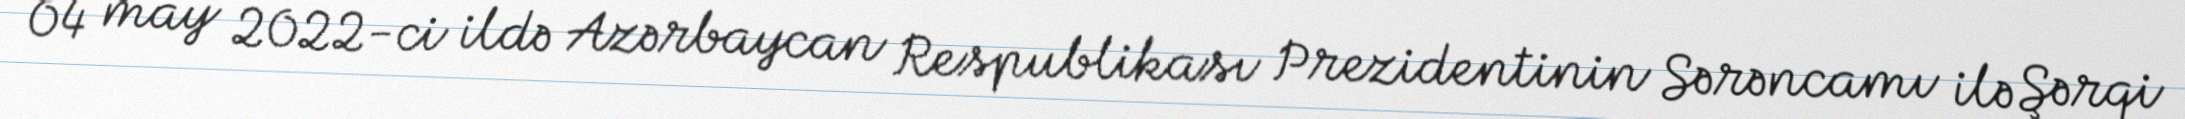
04 may 2022-ci ildə Azərbaycan Respublikası Prezidentinin Sərəncamı ilə Şərqi